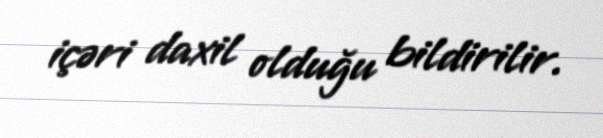
içəri daxil olduğu bildirilir.